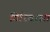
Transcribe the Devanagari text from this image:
गिरिवरास